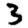
Digit: 3